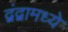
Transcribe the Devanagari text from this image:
द्वंद्वामध्ये